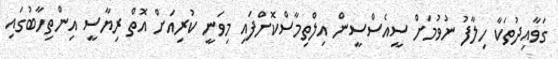
ގަވާއިދުތަކާ ހިލާފު ނުވުމަށް ސީއެސްސީން އިލްތިމާސްކޮށްފައި މިވަނީ ކުރިއަަށް އޮތް ރިޔާސީ އިންތިހާބުގައި